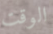
الوقت